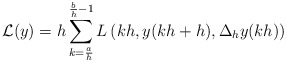
\begin{align*}\mathcal{L}(y)=h\sum_{k=\frac{a}{h}}^{\frac{b}{h}-1}L\left(kh,y(kh+h),\Delta_h y(kh)\right)\end{align*}